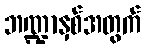
ဘဏ္ဍာနှစ်အတွက်